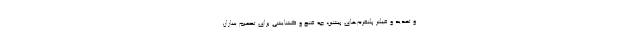
و تحدید و فیلتر پلتفرم‌های پیشین، چه فتح و گشایشی برای تصمیم سازانِ